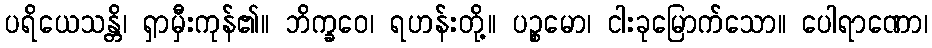
ပရိယေသန္တိ၊ ရှာမှီးကုန်၏။ ဘိက္ခဝေ၊ ရဟန်းတို့။ ပဉ္စမော၊ ငါးခုမြောက်သော။ ပေါရာဏော၊